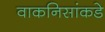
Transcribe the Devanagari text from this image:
वाकनिसांकडे